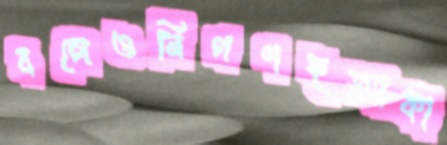
বলেওনিগণহত্যাকা